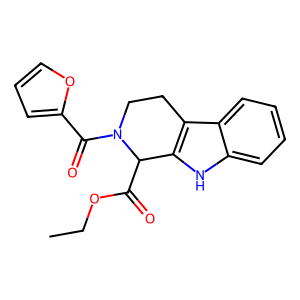
SMILES: CCOC(=O)C1c2[nH]c3ccccc3c2CCN1C(=O)c1ccco1
Inhibits HIV replication: No